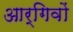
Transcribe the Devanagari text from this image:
आर्गिवों